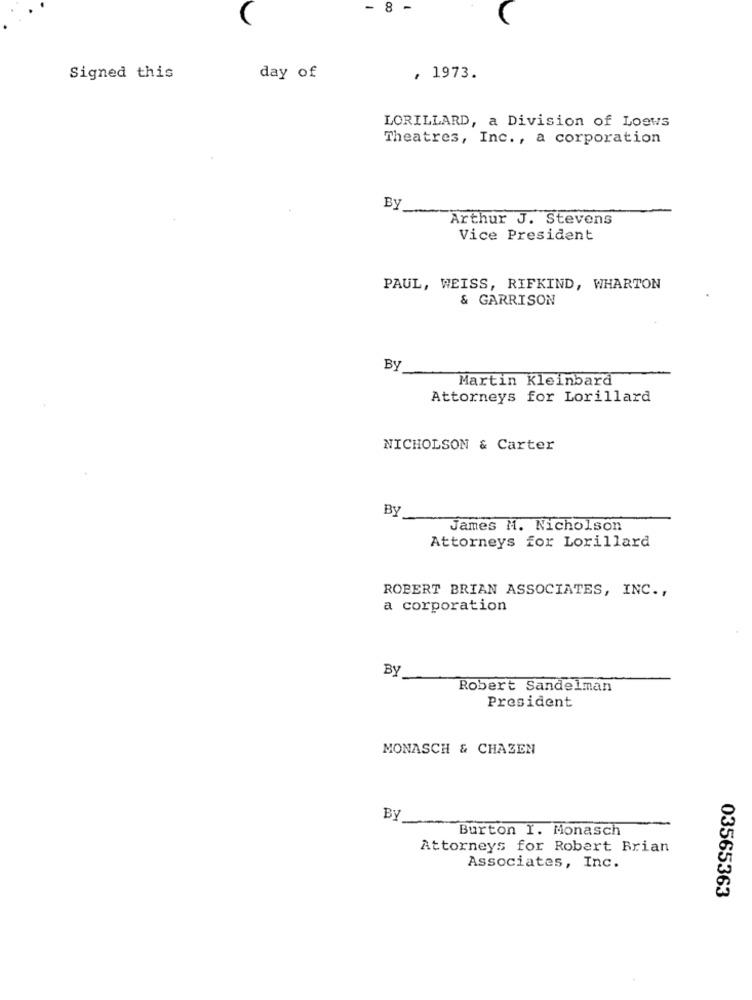
-
8
-
Signed this
day of
, 1973.
LORILLARD, a Division of Loews
Theatres, Inc ., a corporation
By
Arthur J. Stevens
Vice President
PAUL, WEISS, RIFKIND, WHARTON
& GARRISON
By
Martin Kleinbard
Attorneys for Lorillard
NICHOLSON & Carter
By
James M. Nicholson
Attorneys for Lorillard
ROBERT BRIAN ASSOCIATES, INC .,
a corporation
By
Robert Sandelman
President
MONASCH & CHAZEN
By
Burton I. Monasch
Attorneys for Robert Brian
Associates, Inc.
03565363